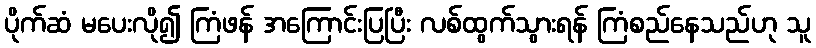
ပိုက်ဆံ မပေးလို၍ ကြံဖန် အကြောင်းပြပြီး လစ်ထွက်သွားရန် ကြံစည်နေသည်ဟု သူ